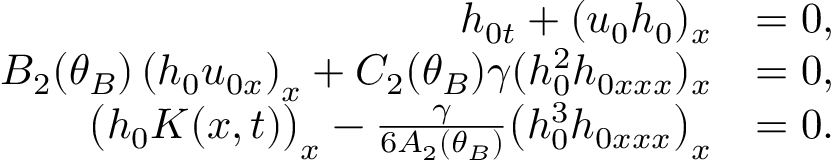
\begin{array} { r l } { h _ { 0 t } + ( u _ { 0 } h _ { 0 } ) _ { x } } & { = 0 , } \\ { B _ { 2 } ( \theta _ { B } ) \left( h _ { 0 } u _ { 0 x } \right) _ { x } + C _ { 2 } ( \theta _ { B } ) \gamma ( h _ { 0 } ^ { 2 } h _ { 0 x x x } ) _ { x } } & { = 0 , } \\ { \big ( h _ { 0 } K ( x , t ) \big ) _ { x } - \frac { \gamma } { 6 A _ { 2 } ( \theta _ { B } ) } \big ( h _ { 0 } ^ { 3 } h _ { 0 x x x } \big ) _ { x } } & { = 0 . } \end{array}